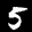
Label: 5